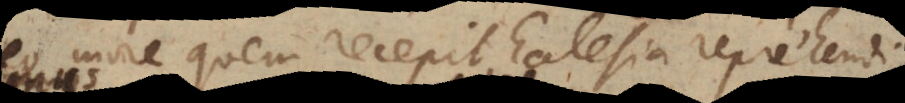
e quem recepit Ecclesia reprehendi